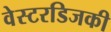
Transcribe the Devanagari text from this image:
वेस्टरडिजकी